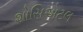
શોસિએટલ